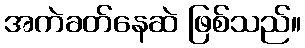
အကဲခတ်နေဆဲ ဖြစ်သည်။